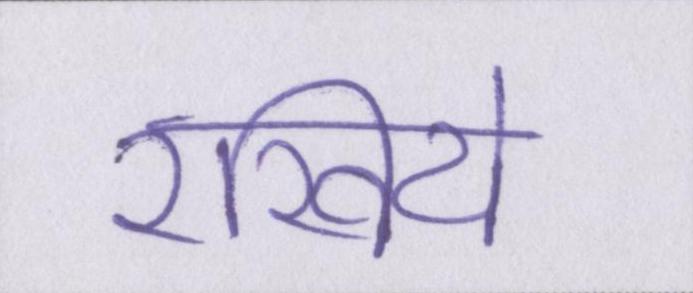
रखिये